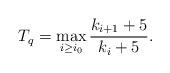
LaTeX: \begin{align*} T_q=\max_{i\geq i_0}\frac{k_{i+1}+5}{k_{i}+5}.\end{align*}